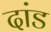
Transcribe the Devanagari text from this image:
दांड